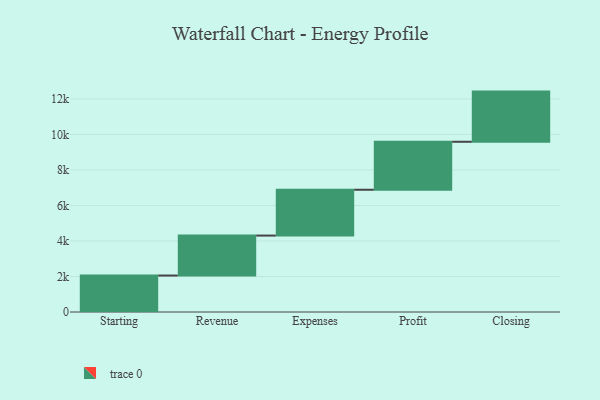
{"axis": {"x": "Step", "y": "Value"}, "legend": [""], "data": [{"x": "Starting", "y": 2054.0, "type": ""}, {"x": "Revenue", "y": 2251.0, "type": ""}, {"x": "Expenses", "y": 2581.0, "type": ""}, {"x": "Profit", "y": 2703.0, "type": ""}, {"x": "Closing", "y": 2826.0, "type": ""}]}